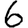
Digit: 6